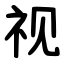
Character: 视